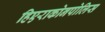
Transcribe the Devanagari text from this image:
हिएराकोनपोलिस